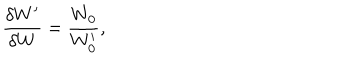
\frac { \delta W ^ { \prime } } { \delta W } = \frac { W _ { 0 } } { W _ { 0 } ^ { \prime } } ,